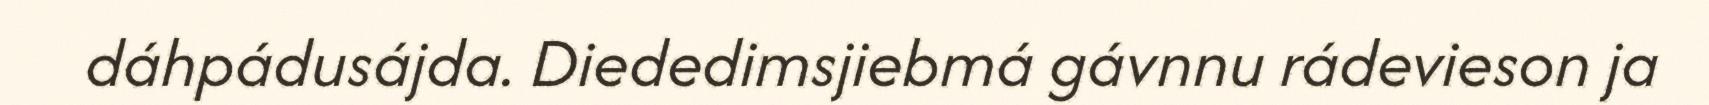
dáhpádusájda. Diededimsjiebmá gávnnu rádevieson ja